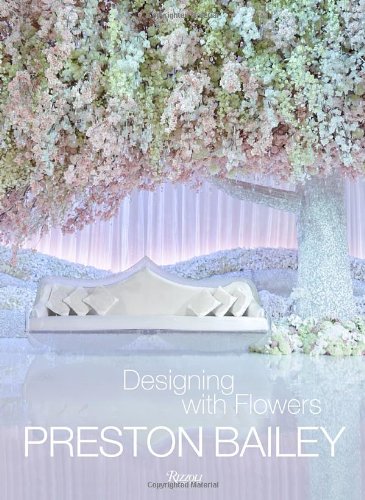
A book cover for Preston Bailey: Designing with Flowers; Preston Bailey; Crafts, Hobbies & Home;